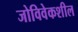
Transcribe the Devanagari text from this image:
जोविवेकशील